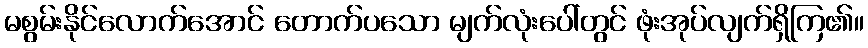
မစွမ်းနိုင်လောက်အောင် တောက်ပသော မျက်လုံးပေါ်တွင် ဖုံးအုပ်လျက်ရှိကြ၏။